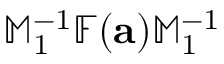
\mathbb { M } _ { 1 } ^ { - 1 } \mathbb { F } ( { \mathbf a } ) \mathbb { M } _ { 1 } ^ { - 1 }